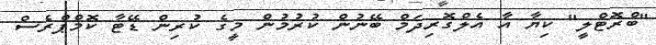
"ބްރޮޓްލީ" ކިޔާ އާ އެލްގޮރިދަމް ބޭނުން ކުރުމުން މީގެ ކުރިން ޑޭޓާ ކޮމްޕްރެސް